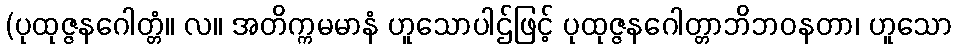
(ပုထုဇ္ဇနဂေါတ္တံ။ လ။ အတိက္ကမမာနံ ဟူသောပါဌ်ဖြင့် ပုထုဇ္ဇနဂေါတ္တာဘိဘဝနတာ၊ ဟူသော